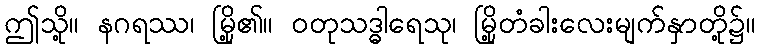
ဤသို့။ နဂရဿ၊ မြို့၏။ ဝတုသဒ္ဓါရေသု၊ မြို့တံခါးလေးမျက်နှာတို့၌။